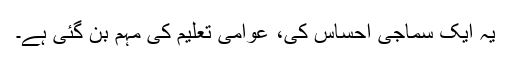
یہ ایک سماجی احساس کی، عوامی تعلیم کی مہم بن گئی ہے۔